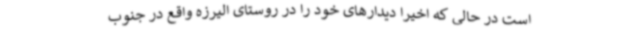
است در حالی که اخیرا دیدارهای خود را در روستای الیرزه واقع در جنوب